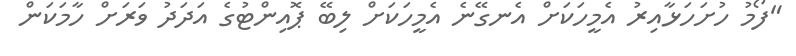
"ފޯމު ހުށަހަޅާއިރު އެމީހަކަށް އެނގޭނެ އެމީހަކަށް ލިބޭ ޕޮއިންޓުގެ އަދަދު ވަރަށް ހާމަކަން